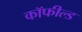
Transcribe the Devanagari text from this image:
कॉफील्ड